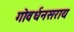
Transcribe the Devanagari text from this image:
गोवर्धनसराय